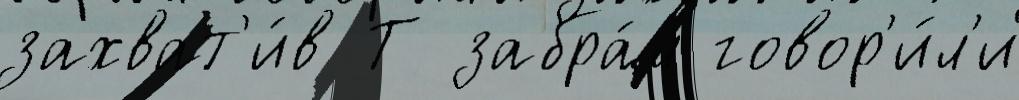
захват'и́в Т забра́л говор'и́л'и